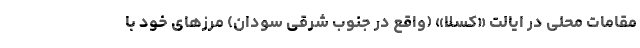
مقامات محلی در ایالت «کسلا» (واقع در جنوب شرقی سودان) مرزهای خود با